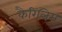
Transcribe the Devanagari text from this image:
कैरिलिस